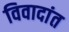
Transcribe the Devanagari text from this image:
विवादांत